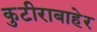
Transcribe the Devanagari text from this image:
कुटीराबाहेर